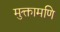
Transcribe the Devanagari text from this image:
मुक्तामणि